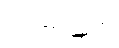
တဏှာသုတ်